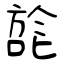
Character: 旕